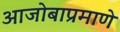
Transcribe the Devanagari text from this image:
आजोबाप्रमाणे